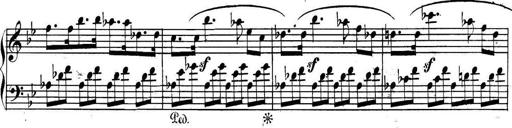
Title: Collected Piano Sonatas
Composer: Muzio Clementi